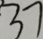
3 7